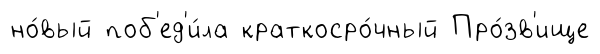
но́вый поб'ед'и́ла краткосро́чный Про́зв'ище